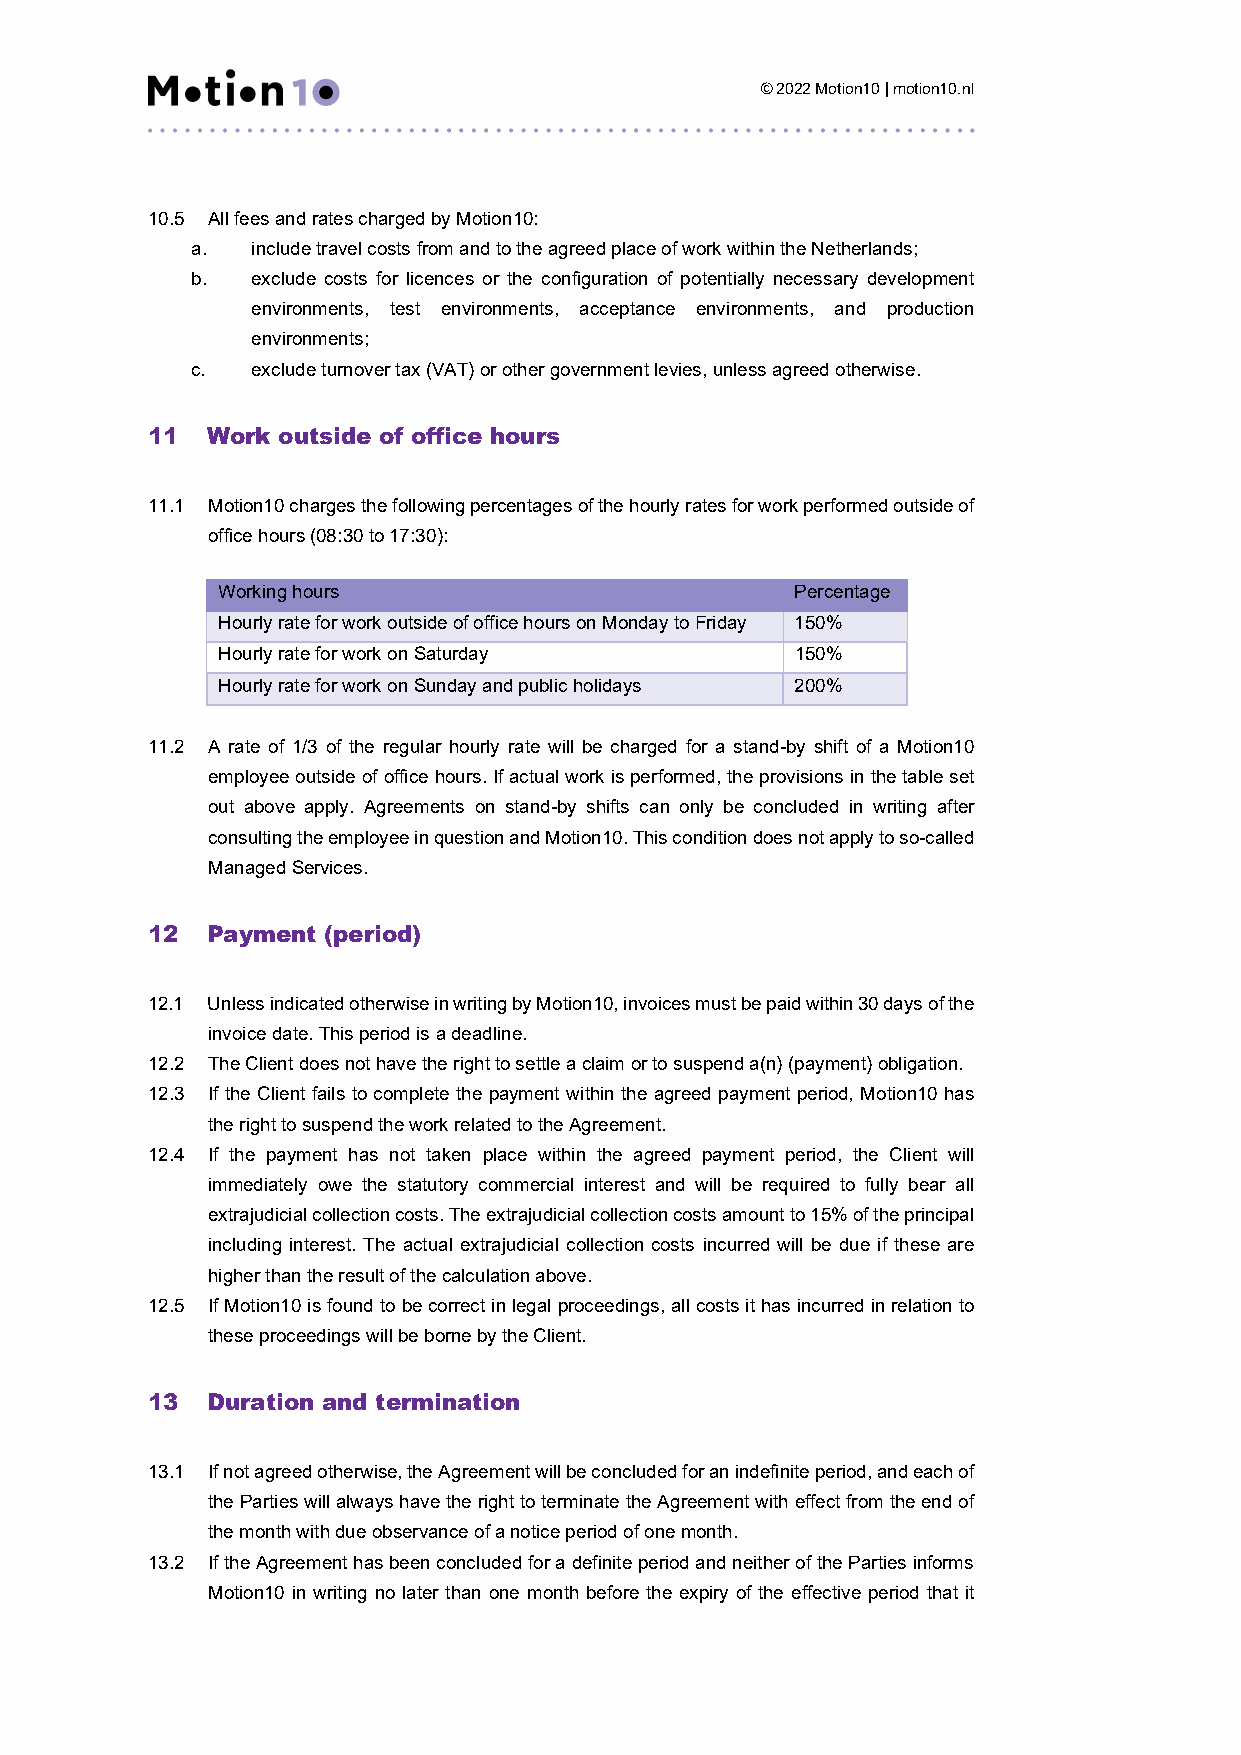
© 2022 Motion10 | motion10.nl
 10.5 All fees and rates charged by Motion10:
 a.  include travel costs from and to the agreed place of work within the Netherlands;
 b.  exclude costs for licences or the configuration of potentially necessary development
 environments, test environments, acceptance environments, and production
 environments;
 c.  exclude turnover tax (VAT) or other government levies, unless agreed otherwise.
 11  Work outside of office hours
 11.1 Motion10 charges the following percentages of the hourly rates for work performed outside of
 office hours (08:30 to 17:30):
 Working hours                          Percentage
 Hourly rate for work outside of office hours on Monday to Friday 150%
 Hourly rate for work on Saturday       150%
 Hourly rate for work on Sunday and public holidays 200%
 11.2 A rate of 1/3 of the regular hourly rate will be charged for a stand-by shift of a Motion10
 employee outside of office hours. If actual work is performed, the provisions in the table set
 out above apply. Agreements on stand-by shifts can only be concluded in writing after
 consulting the employee in question and Motion10. This condition does not apply to so-called
 Managed Services.
 12  Payment (period)
 12.1 Unless indicated otherwise in writing by Motion10, invoices must be paid within 30 days of the
 invoice date. This period is a deadline.
 12.2 The Client does not have the right to settle a claim or to suspend a(n) (payment) obligation.
 12.3 If the Client fails to complete the payment within the agreed payment period, Motion10 has
 the right to suspend the work related to the Agreement.
 12.4 If the payment has not taken place within the agreed payment period, the Client will
 immediately owe the statutory commercial interest and will be required to fully bear all
 extrajudicial collection costs. The extrajudicial collection costs amount to 15% of the principal
 including interest. The actual extrajudicial collection costs incurred will be due if these are
 higher than the result of the calculation above.
 12.5 If Motion10 is found to be correct in legal proceedings, all costs it has incurred in relation to
 these proceedings will be borne by the Client.
 13  Duration and termination
 13.1 If not agreed otherwise, the Agreement will be concluded for an indefinite period, and each of
 the Parties will always have the right to terminate the Agreement with effect from the end of
 the month with due observance of a notice period of one month.
 13.2 If the Agreement has been concluded for a definite period and neither of the Parties informs
 Motion10 in writing no later than one month before the expiry of the effective period that it